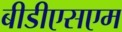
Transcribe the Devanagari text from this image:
बीडीएसएम